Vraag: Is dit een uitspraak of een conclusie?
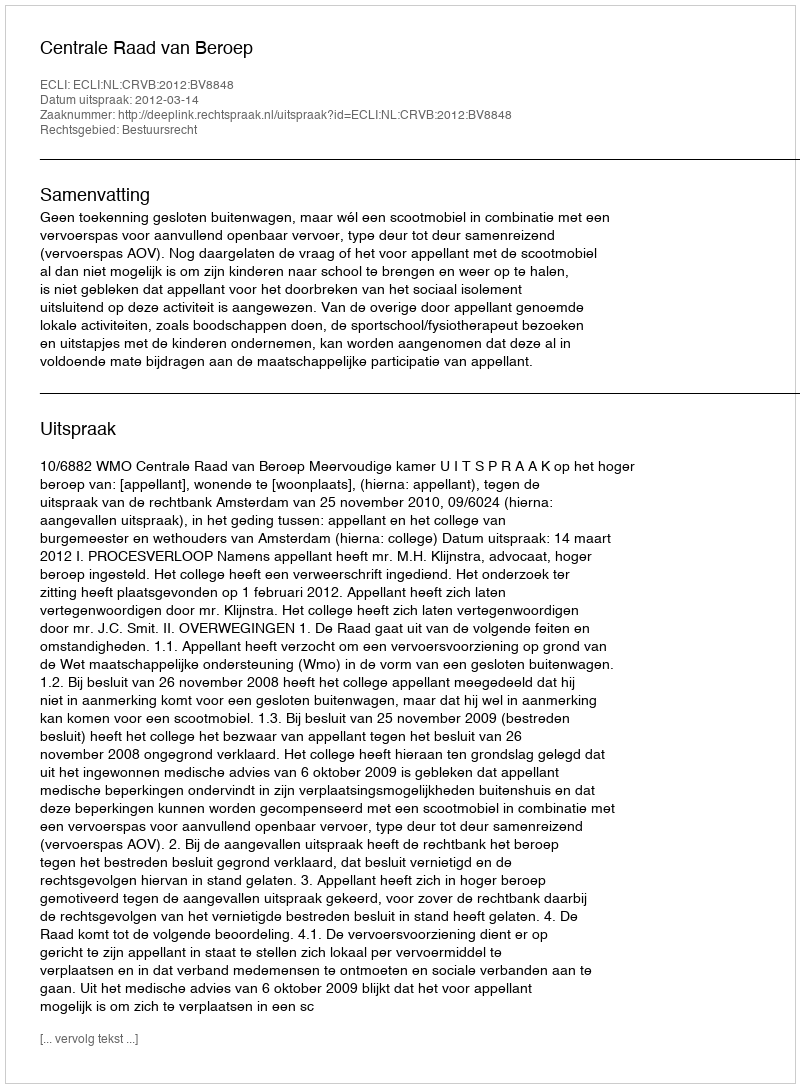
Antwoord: Uitspraak